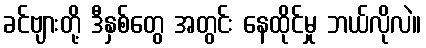
ခင်ဗျားတို့ ဒီနှစ်တွေ အတွင်း နေထိုင်မှု ဘယ်လိုလဲ။